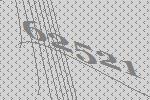
62521